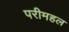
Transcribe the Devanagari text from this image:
परीमहल